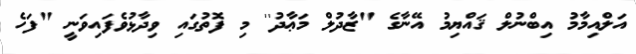
އަލްއިމާމު އިބްނުލް ޤައްޔިމު އޭނާގެ "ޒާދުލް މަޢާދު'' މި ފޮތުގައި ވިދާޅުވެފައިވަނީ "ފަހެ